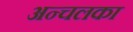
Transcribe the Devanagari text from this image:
अन्चलका